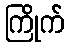
ကြိုက်